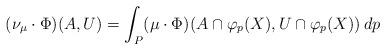
LaTeX: \begin{align*}(\nu_\mu\cdot \Phi)(A,U) = \int_P (\mu\cdot \Phi)(A\cap \varphi_p(X), U\cap \varphi_p(X)) \, dp\end{align*}